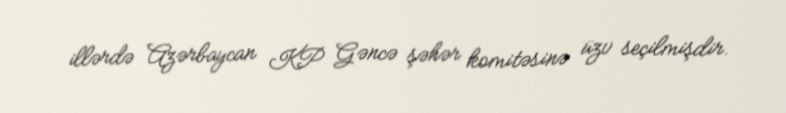
illərdə Azərbaycan KP Gəncə şəhər komitəsinə üzv seçilmişdir.